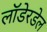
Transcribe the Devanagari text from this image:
लॉडेरडेल